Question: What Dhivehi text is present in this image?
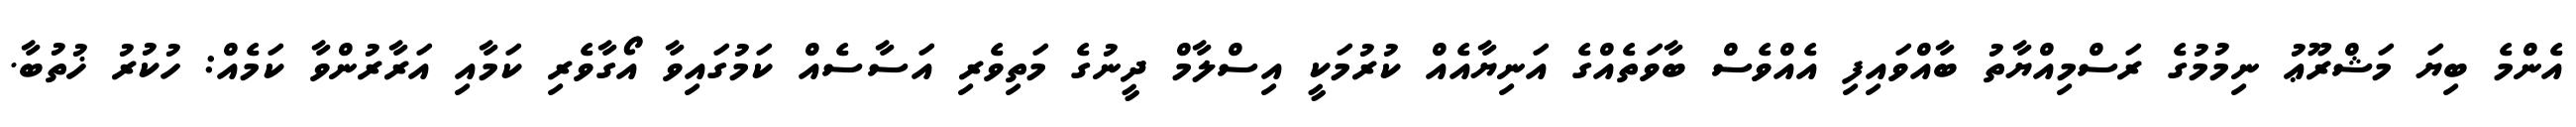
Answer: އެންމެ ބިޔަ މަޝްރޫޢު ނިމުމުގެ ރަސްމިއްޔާތު ބާއްވައިފި އެއްވެސް ބާވަތެއްގެ އަނިޔާއެއް ކުރުމަކީ އިސްލާމް ދީނުގެ މަތިވެރި އަސާސެއް ކަމުގައިވާ އޯގާވެރި ކަމާއި އަރާރުންވާ ކަމެއް: ހުކުރު ޚުތުބާ.